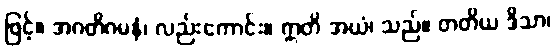
ဖြင့်။ အဂတိဂမနံ၊ လည်းကောင်း။ ဣတိ အယံ၊ သည်။ တတိယ ဒိသာ၊